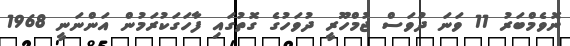
ނޮވެމްބަރު 11 ވަނަ ދުވަސް ޖުމްހޫރީ ދުވަހުގެ ގޮތުގައި ފާހަގަކުރަމުން އަންނަނީ 1968